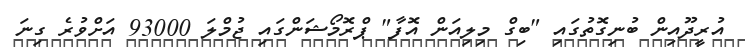
އުރީދޫއިން ބުނިގޮތުގައި "ބިގް މިލިއަން އޮފާ" ޕްރޮމޯޝަންގައި ޖުމްލަ 93000 އަށްވުރެ ގިނަ